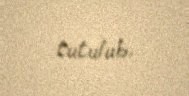
tutulub.